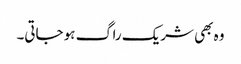
وہ بھی شریک راگ ہو جاتی۔